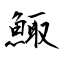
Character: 鯫